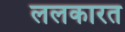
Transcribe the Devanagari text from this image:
ललकारत